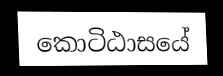
කොටිඨාසයේ